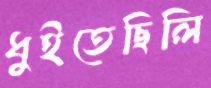
ধুইতেছিলি